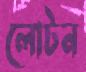
লোটন